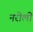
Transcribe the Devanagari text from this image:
नरोली